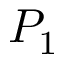
P _ { 1 }